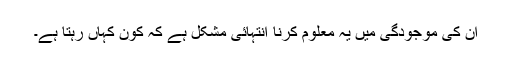
اُن کی موجودگی میں یہ معلوم کرنا انتہائی مشکل ہے کہ کون کہاں رہتا ہے۔